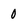
Character: 0